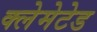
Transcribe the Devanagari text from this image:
क्लेमेटेड